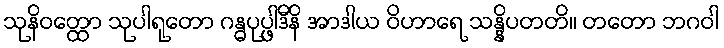
သုနိဝတ္ထော သုပါရုတော ဂန္ဓပုပ္ဖါဒီနိ အာဒါယ ဝိဟာရေ သန္နိပတတိ။ တတော ဘဂဝါ